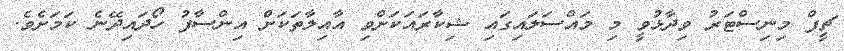
ޗީފް މިނިސްޓަރު ވިދާޅުވީ މި މައްސަލައިގައި ޝިކާރައަކަށްވި އާއިލާތަކަށް އިންސާފު ހޯދައިދޭނެ ކަމަށެވެ.